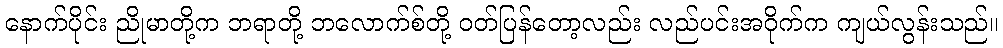
နောက်ပိုင်း ညိုမာတို့က ဘရာတို့ ဘလောက်စ်တို့ ဝတ်ပြန်တော့လည်း လည်ပင်းအဝိုက်က ကျယ်လွန်းသည်။